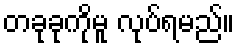
တခုခုကိုမူ လုပ်ရမည်။